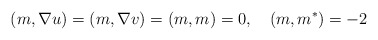
\begin{align*}(m, \nabla u) = (m, \nabla v) = (m, m) = 0 ,\quad (m, m^*) = -2\end{align*}